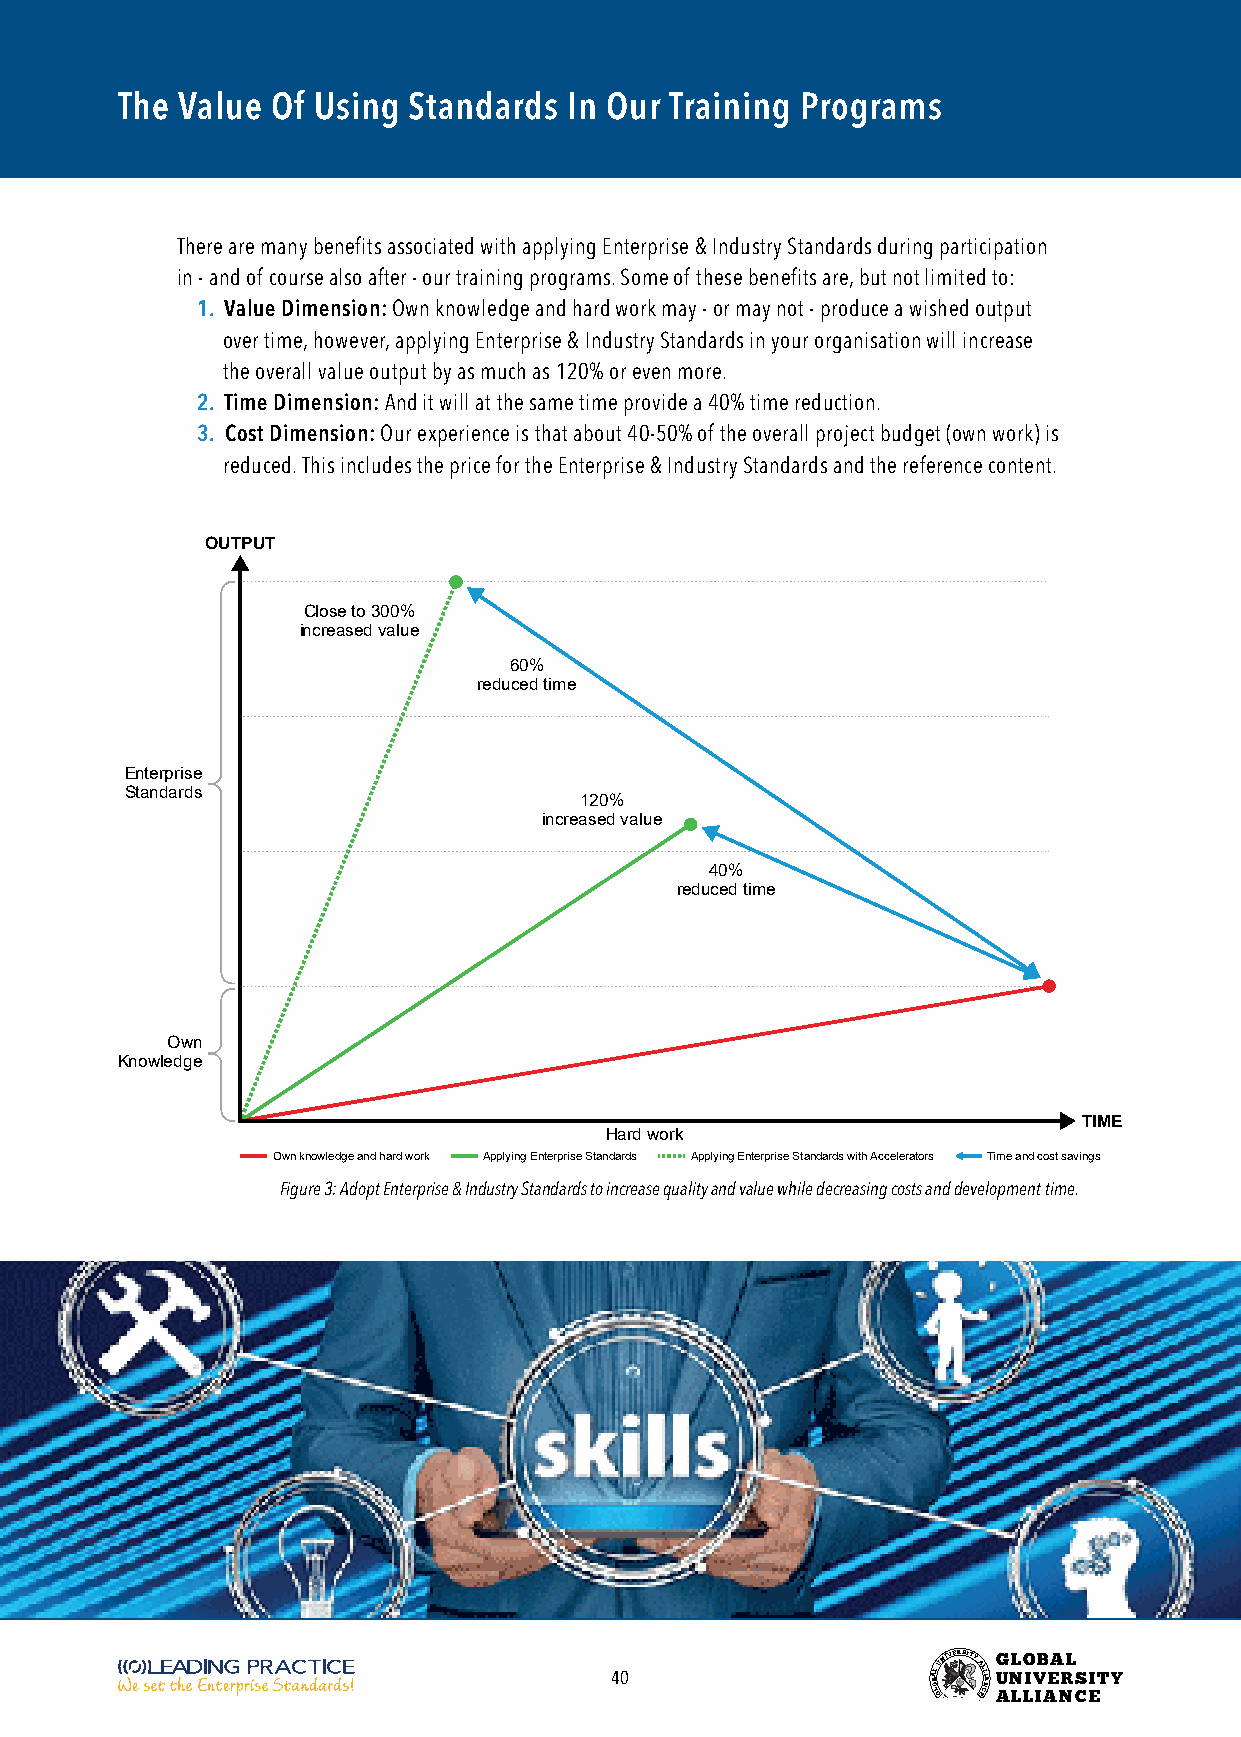
The Value Of Using Standards  In Our Training Programs
 There are many benefits associated with applying Enterprise & Industry Standards during participation
 in - and of course also after - our training programs. Some of these benefits are, but not limited to:
 1. Value Dimension: Own knowledge and hard work may - or may not - produce a wished output
 over time, however, applying Enterprise & Industry Standards in your organisation will increase
 the overall value output by as much as 120% or even more.
 2. Time Dimension: And it will at the same time provide a 40% time reduction.
 3. Cost Dimension: Our experience is that about 40-50% of the overall project budget (own work) is
 reduced. This includes the price for the Enterprise & Industry Standards and the reference content.
 OUTPUT
 Close to 300%
 increased value
 60%
 reduced time
 Enterprise
 Standards
 120%
 increased value
 40%
 reduced time
 Own
 Knowledge
 TIME
 Hard work
 Own knowledge and hard work Applying Enterprise Standards Applying Enterprise Standards with Accelerators Time and cost savings
 Figure 3: Adopt Enterprise & Industry Standards to increase quality and value while decreasing costs and development time.
 40                    BOA LL
 GUNIVERSITY
 AL EL CI NA
 G
 U
 ANL LO
 LIV
 IB AEA NRL
 CS EITY